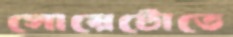
সোয়েটোতে